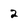
Character: 2